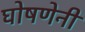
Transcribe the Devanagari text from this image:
घोषणेनी